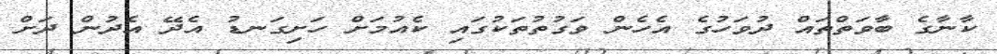
ކާނާގެ ބާވަތްތައް ދުވަހުގެ އެހެން ވަގުތުތަކުގައި ކެއުމަށް ހަށިގަނޑު އެދޭ އެދުން ދަށް